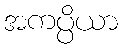
အကပ္ပိယာ